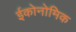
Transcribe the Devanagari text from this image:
ईकोनोमिक